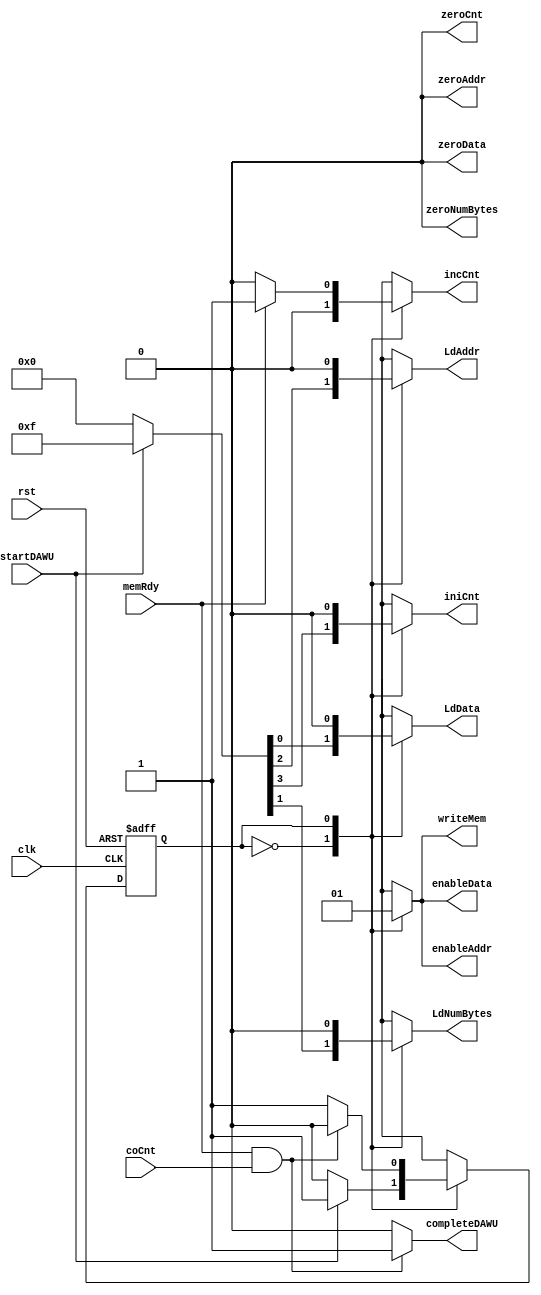
// **************************************************************************************
// Project: AFTAB
// Version: 1.0
// Date:
//
// Module Name: aftab_DAWU_controller
// Description:
//
// Dependencies:
//
// File content description:
// DAWU_cu for AFTAB DAWU
//
// **************************************************************************************
`timescale 1ns/1ns

`define waitforStartDAWU 1'b0
`define waitforWrite 1'b1

module aftab_DAWU_controller(
    input startDAWU,
    input memRdy,
    input coCnt,
    input clk,
    input rst,
    output reg iniCnt,
    output reg LdAddr,
    output reg LdNumBytes,
    output reg LdData,
    output reg enableData,
    output reg enableAddr,
    output reg writeMem,
    output reg incCnt,
    output reg completeDAWU,
    output reg zeroCnt,
    output reg zeroNumBytes,
    output reg zeroAddr,
    output reg zeroData
);

    reg ns, ps;

    always @(posedge clk, posedge rst) begin
        if(rst)
            ps <= `waitforStartDAWU;
        else
            ps <= ns;
    end

    always @(ps,startDAWU, coCnt, memRdy) begin
        case (ps)
            `waitforStartDAWU: ns = (startDAWU) ? `waitforWrite : `waitforStartDAWU;
            `waitforWrite: ns = (memRdy & coCnt) ? `waitforStartDAWU : `waitforWrite;
        endcase
    end

    always @(ps, startDAWU, coCnt, memRdy) begin
        {iniCnt, LdAddr, LdNumBytes, LdData, enableData, enableAddr,
        writeMem, incCnt, completeDAWU, zeroCnt, zeroNumBytes,
        zeroAddr, zeroData} = 13'd0;
        case (ps)
            `waitforStartDAWU: begin
                {iniCnt, LdAddr, LdNumBytes, LdData} = (startDAWU) ? 4'b1111 : 4'b0000;
                if (coCnt & memRdy) begin
                    completeDAWU = 1'b1;
                end
            end
            `waitforWrite: begin
                {enableData, enableAddr, writeMem} = 3'b111;
                if (memRdy) begin
                    incCnt = 1'b1;
                end
                if (coCnt & memRdy) begin
                    completeDAWU = 1'b1;
                end
            end
        endcase
    end

endmodule